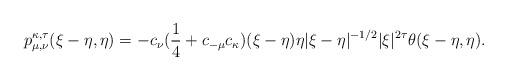
LaTeX: \begin{align*}p_{\mu, \nu}^{\kappa,\tau}(\xi-\eta, \eta) = -c_{\nu}(\frac{1}{4} + c_{-\mu} c_{\kappa}) (\xi-\eta)\eta |\xi-\eta|^{-1/2} |\xi|^{2\tau} \theta(\xi-\eta, \eta).\end{align*}